Vaccination in Bombay 1889-1901 - 1889-1901
Year: 1889
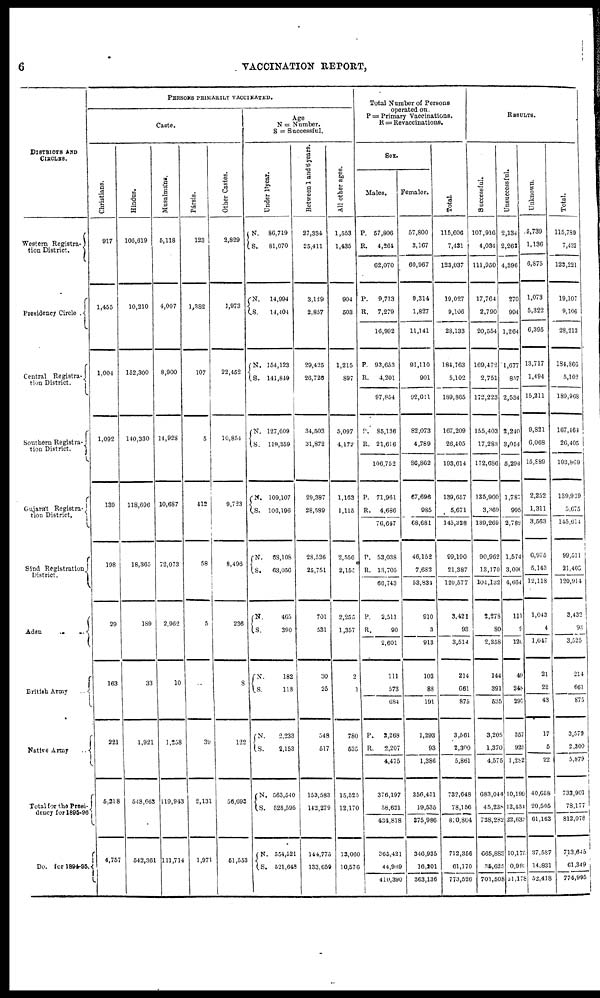
6
VACCINATION REPORT,
DISTRICTS AND
CIRCLES.
Western Registra-
tion District.
Presidency Circle .
Central Registra-
tion District.
Southern Registra-
tion District.
Gujarát Registra-
tion District.
Sind Registration
District.
Aden
..
..
British Army
..
Native Army
..
Total for the Presi-
dency for 1895-96
Do. for 1894-95.
PERSONS PRIMARILY VACCINATED.
Caste.
Christians.
917
1,455
1,004
1,092
139
198
29
163
221
5,218
4,757
Hindus.
106,619
10,210
152,300
140,330
118,696
18,365
189
33
1,921
548,663
642,361
Musalmáns.
5,118
4,007
8,900
14,928
10,687
72,073
2,962
10
1,258
119,943
111,714
Pársis.
123
1,382
107
5
412
58
5
..
39
2,131
1,971
Other Castes.
2,829
1,973
22,452
10,854
9,723
8,496
236
8
122
56,693
51,553
Age
N = Number.
S = Successful.
Under 1year.
N.
S.
N.
S.
N.
S.
N.
S.
N.
S.
N.
S.
N.
S.
P.
S.
N.
S.
N.
S.
N.
S.
86,719
81,070
14,994
14,404
154,123
141,849
127,609
119,359
109,107
106,196
63,108
63,056
465
390
182
118
2,233
2,153
563,540
528,595
554,521
521,648
Between 1 and 6 years.
27,334
25,411
3,129
2,857
29,425
26,726
34,503
31,872
29,387
28,589
28,526
25,751
701
531
30
25
548
517
153,583
142,279
144,775
133.659
All other ages.
1,553
1,435
904
503
1,215
897
5,097
4,172
1,163
1,115
2,556
2,150
2,255
1,357
2
1
780
635
15,525
12,170
13,060
10,576
Total Number of Persons
operated on.
P = Primary Vaccinations.
R = Revaccinations.
Sex.
Males.
P.
R.
57,806
4,264
62,070
P.
R.
9,713
7,279
16,992
P.
R.
93,653
4,201
97,854
P.
R.
85,136
21,616
106,752
P.
R.
71,961
4,686
76,647
P.
R.
53,038
13,705
66,743
P.
R.
2,511
90
2,601
111
573
684
P.
R.
2,268
2,207
4,475
376,197
58,621
434,818
365,421
44,969
410,390
Females.
57,800
3,167
60,967
9,314
1,827
11,141
91,110
901
92,011
82,073
4,789
86,862
67,696
985
68,681
46,152
7,682
53,834
910
3
913
103
88
191
1,293
93
1,386
356,451
19,535
375,986
346,935
16,101
363,136
Total.
115,606
7,431
123,037
19,027
9,106
28,133
184,763
5,102
189,865
167,209
26,405
193,614
139,657
5,671
145,328
99,190
21,387
120,577
3,421
93
3,514
214
661
875
3,561
2,300
5,861
732,648
78,156
810,804
712,356
61,170
773,526
RESULTS.
Successful.
107,916
4,034
111,950
17,764
2,790
20,554
169,472
2,751
172,223
155,403
17,283
172,686
135,900
3,369
139,269
90,962
13,170
104,132
2,278
80
2,358
144
391
635
3,205
1,370
4,575
683,044
45,238
728,282
665,883
35,625
701,508
Unsuccessful.
2,134
2,262
4,396
270
994
1,264
1,677
857
2,534
2,240
3,054
5,294
1,787
995
2,782
1,574
3,090
4,664
111
9
120
49
248
297
357
925
1,282
10,199
12,434
22,633
10,170
0,99
2l,178
Unknown.
5,739
1,136
6,875
1,073
5,322
6,395
13,717
1,494
15,211
9,821
6,068
15,889
2,252
1,311
3,563
6,975
5,143
12,118
1,043
4
1,047
21
22
43
17
5
22
40,658
20,505
61,163
37,587
14,831
52,418
Total.
115,789
7,432
123,221
19,107
9,106
28,213
184,866
5,102
189,968
167,464
26,405
193,869
139,939
5,675
145,614
99,511
21,400
120,914
3,432
93
3,525
214
661
875
3,579
2,300
5,879
733,901
78,177
812,078
713,645
61,349
774,995